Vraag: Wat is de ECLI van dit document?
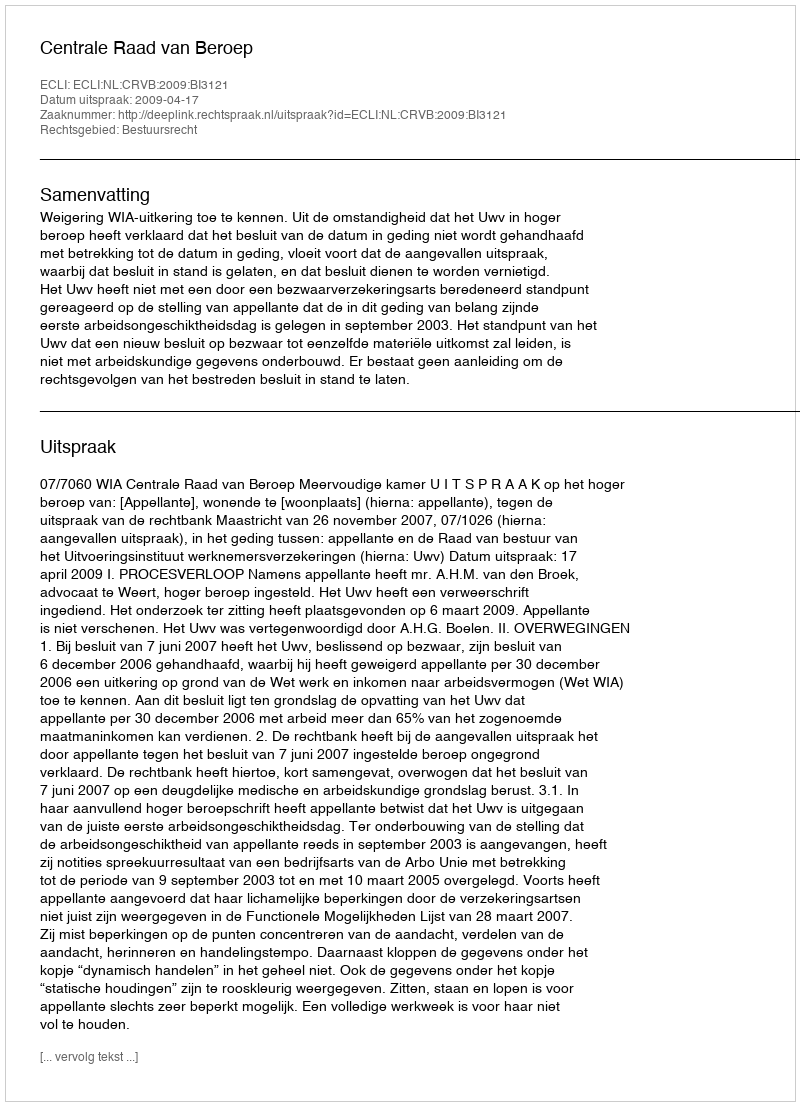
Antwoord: ECLI:NL:CRVB:2009:BI3121